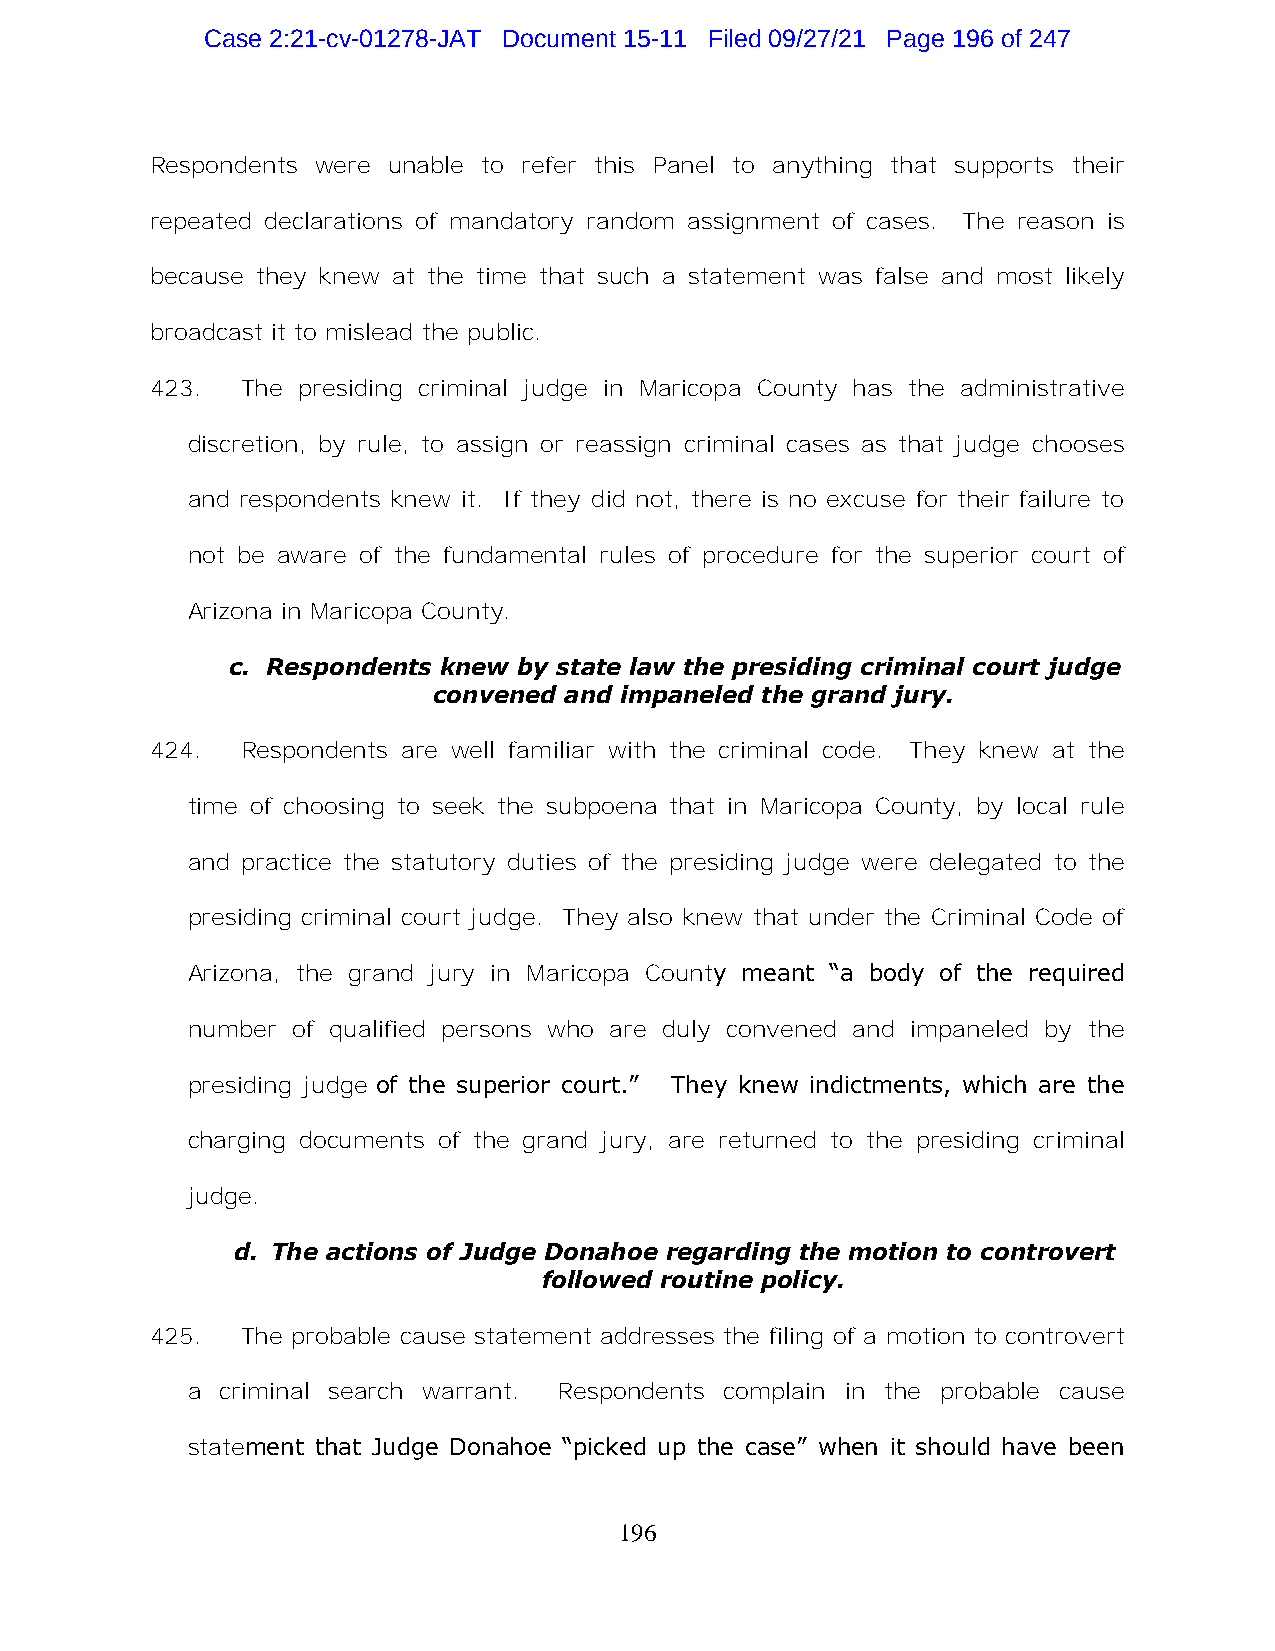
Case 2:21-cv-01278-JAT Document 15-11 Filed 09/27/21 Page 196 of 247
 Respondents were unable to refer this Panel to anything that supports their
 repeated declarations of mandatory random assignment of cases. The reason is
 because they knew at the time that such a statement was false and most likely
 broadcast it to mislead the public.
 423.  The presiding criminal judge in Maricopa County has the administrative
 discretion, by rule, to assign or reassign criminal cases as that judge chooses
 and respondents knew it. If they did not, there is no excuse for their failure to
 not be aware of the fundamental rules of procedure for the superior court of
 Arizona in Maricopa County.
 c. Respondents knew by state law the presiding criminal court judge
 convened and impaneled the grand jury.
 424.  Respondents are well familiar with the criminal code. They knew at the
 time of choosing to seek the subpoena that in Maricopa County, by local rule
 and practice the statutory duties of the presiding judge were delegated to the
 presiding criminal court judge. They also knew that under the Criminal Code of
 Arizona, the grand jury in Maricopa County meant “a body of the required
 number of qualified persons who are duly convened and impaneled by the
 presiding judge of the superior court.” They knew indictments, which are the
 charging documents of the grand jury, are returned to the presiding criminal
 judge.
 d. The actions of Judge Donahoe regarding the motion to controvert
 followed routine policy.
 425.  The probable cause statement addresses the filing of a motion to controvert
 a  criminal search warrant. Respondents complain in the probable cause
 statement that Judge Donahoe “picked up the case” when it should have been
 196